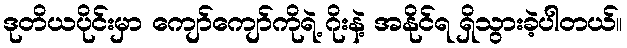
ဒုတိယပိုင်းမှာ ကျော်ကျော်ကိုရဲ့ ဂိုးနဲ့ အနိုင်ရ ရှိသွားခဲ့ပါတယ်။